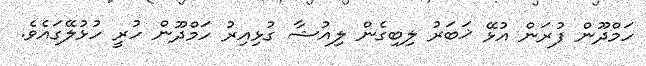
ހަމްދޫން ފުރަން އުޅޭ ޚަބަރު ލިބިގެން ލިއުޝާ ގުޅިއިރު ހަމްދޫން ހުރީ ހުޅުލޭގައެވެ.